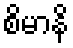
စိမာနိ